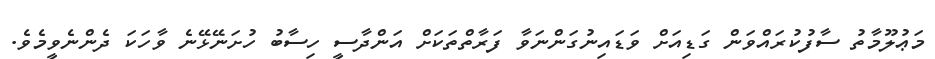
މަޢުލޫމާތު ސާފުކުރައްވަން ގަޑިއަށް ވަޑައިނުގަންނަވާ ފަރާތްތަކަށް އަންދާސީ ހިސާބު ހުށަނޭޅޭނެ ވާހަކަ ދެންނެވީމެވެ.